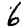
Digit: 6